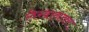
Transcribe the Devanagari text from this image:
लेखानंतर